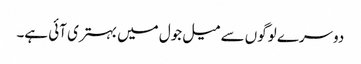
دوسرے لوگوں سے میل جول میں بہتری آئی ہے۔